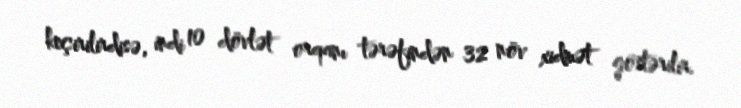
keçirilirdisə, indi 10 dövlət orqanı tərəfindən 32 növ xidmət göstərilir.